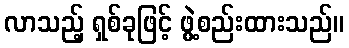
လာသည့် ရှစ်ခုဖြင့် ဖွဲ့စည်းထားသည်။